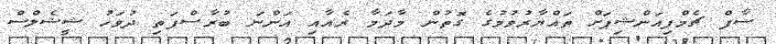
ސާފް ޗެމްޕިއަންޝިޕަށް ތައްޔާރުވުމުގެ ގޮތުން މާދަމާ ރެއާއި އަންނަ ބުރާސްފަތި ދުވަހު ޝީޝެލްސް